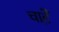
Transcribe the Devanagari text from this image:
चाहेँ